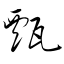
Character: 甄